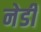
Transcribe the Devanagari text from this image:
नेडी